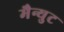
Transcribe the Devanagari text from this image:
मैन्युट